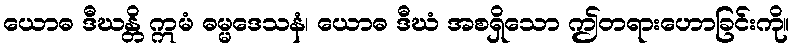
ယောဓ ဒီဃန္တိ ဣမံ ဓမ္မဒေသနံ၊ ယောဓ ဒီဃံ အစရှိသော ဤတရားဟောခြင်းကို။